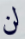
لن